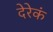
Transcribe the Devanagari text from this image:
देरेकं